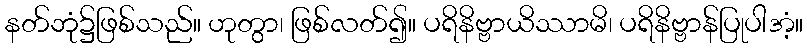
နတ်ဘုံ၌ဖြစ်သည်။ ဟုတွာ၊ ဖြစ်လတ်၍။ ပရိနိဗ္ဗာယိဿာမိ၊ ပရိနိဗ္ဗာန်ပြုပါအံ့။